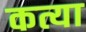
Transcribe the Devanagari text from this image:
कत्या